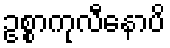
ဥစ္စာကုလီနောပိ